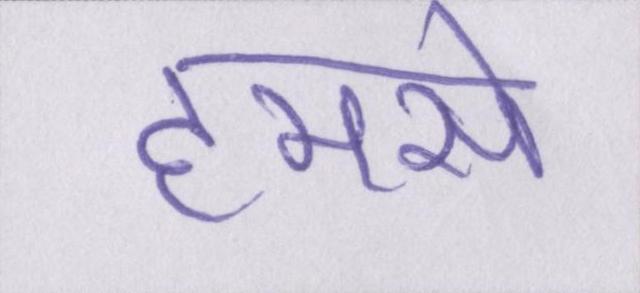
हमसे